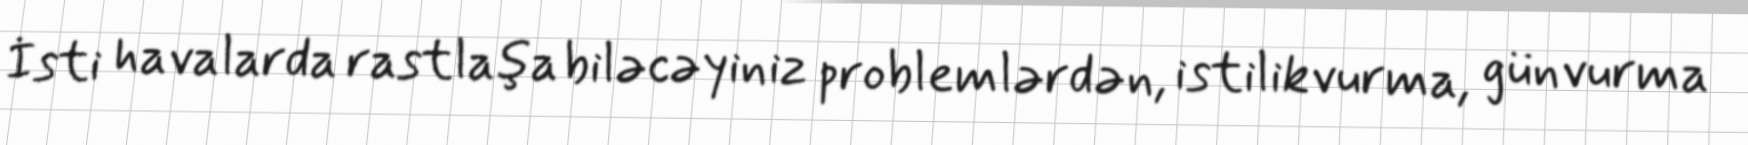
İsti havalarda rastlaşa biləcəyiniz problemlərdən, istilikvurma, günvurma